NAE_ERA_R-1992_EV_Ehitusministeerium, lk 25
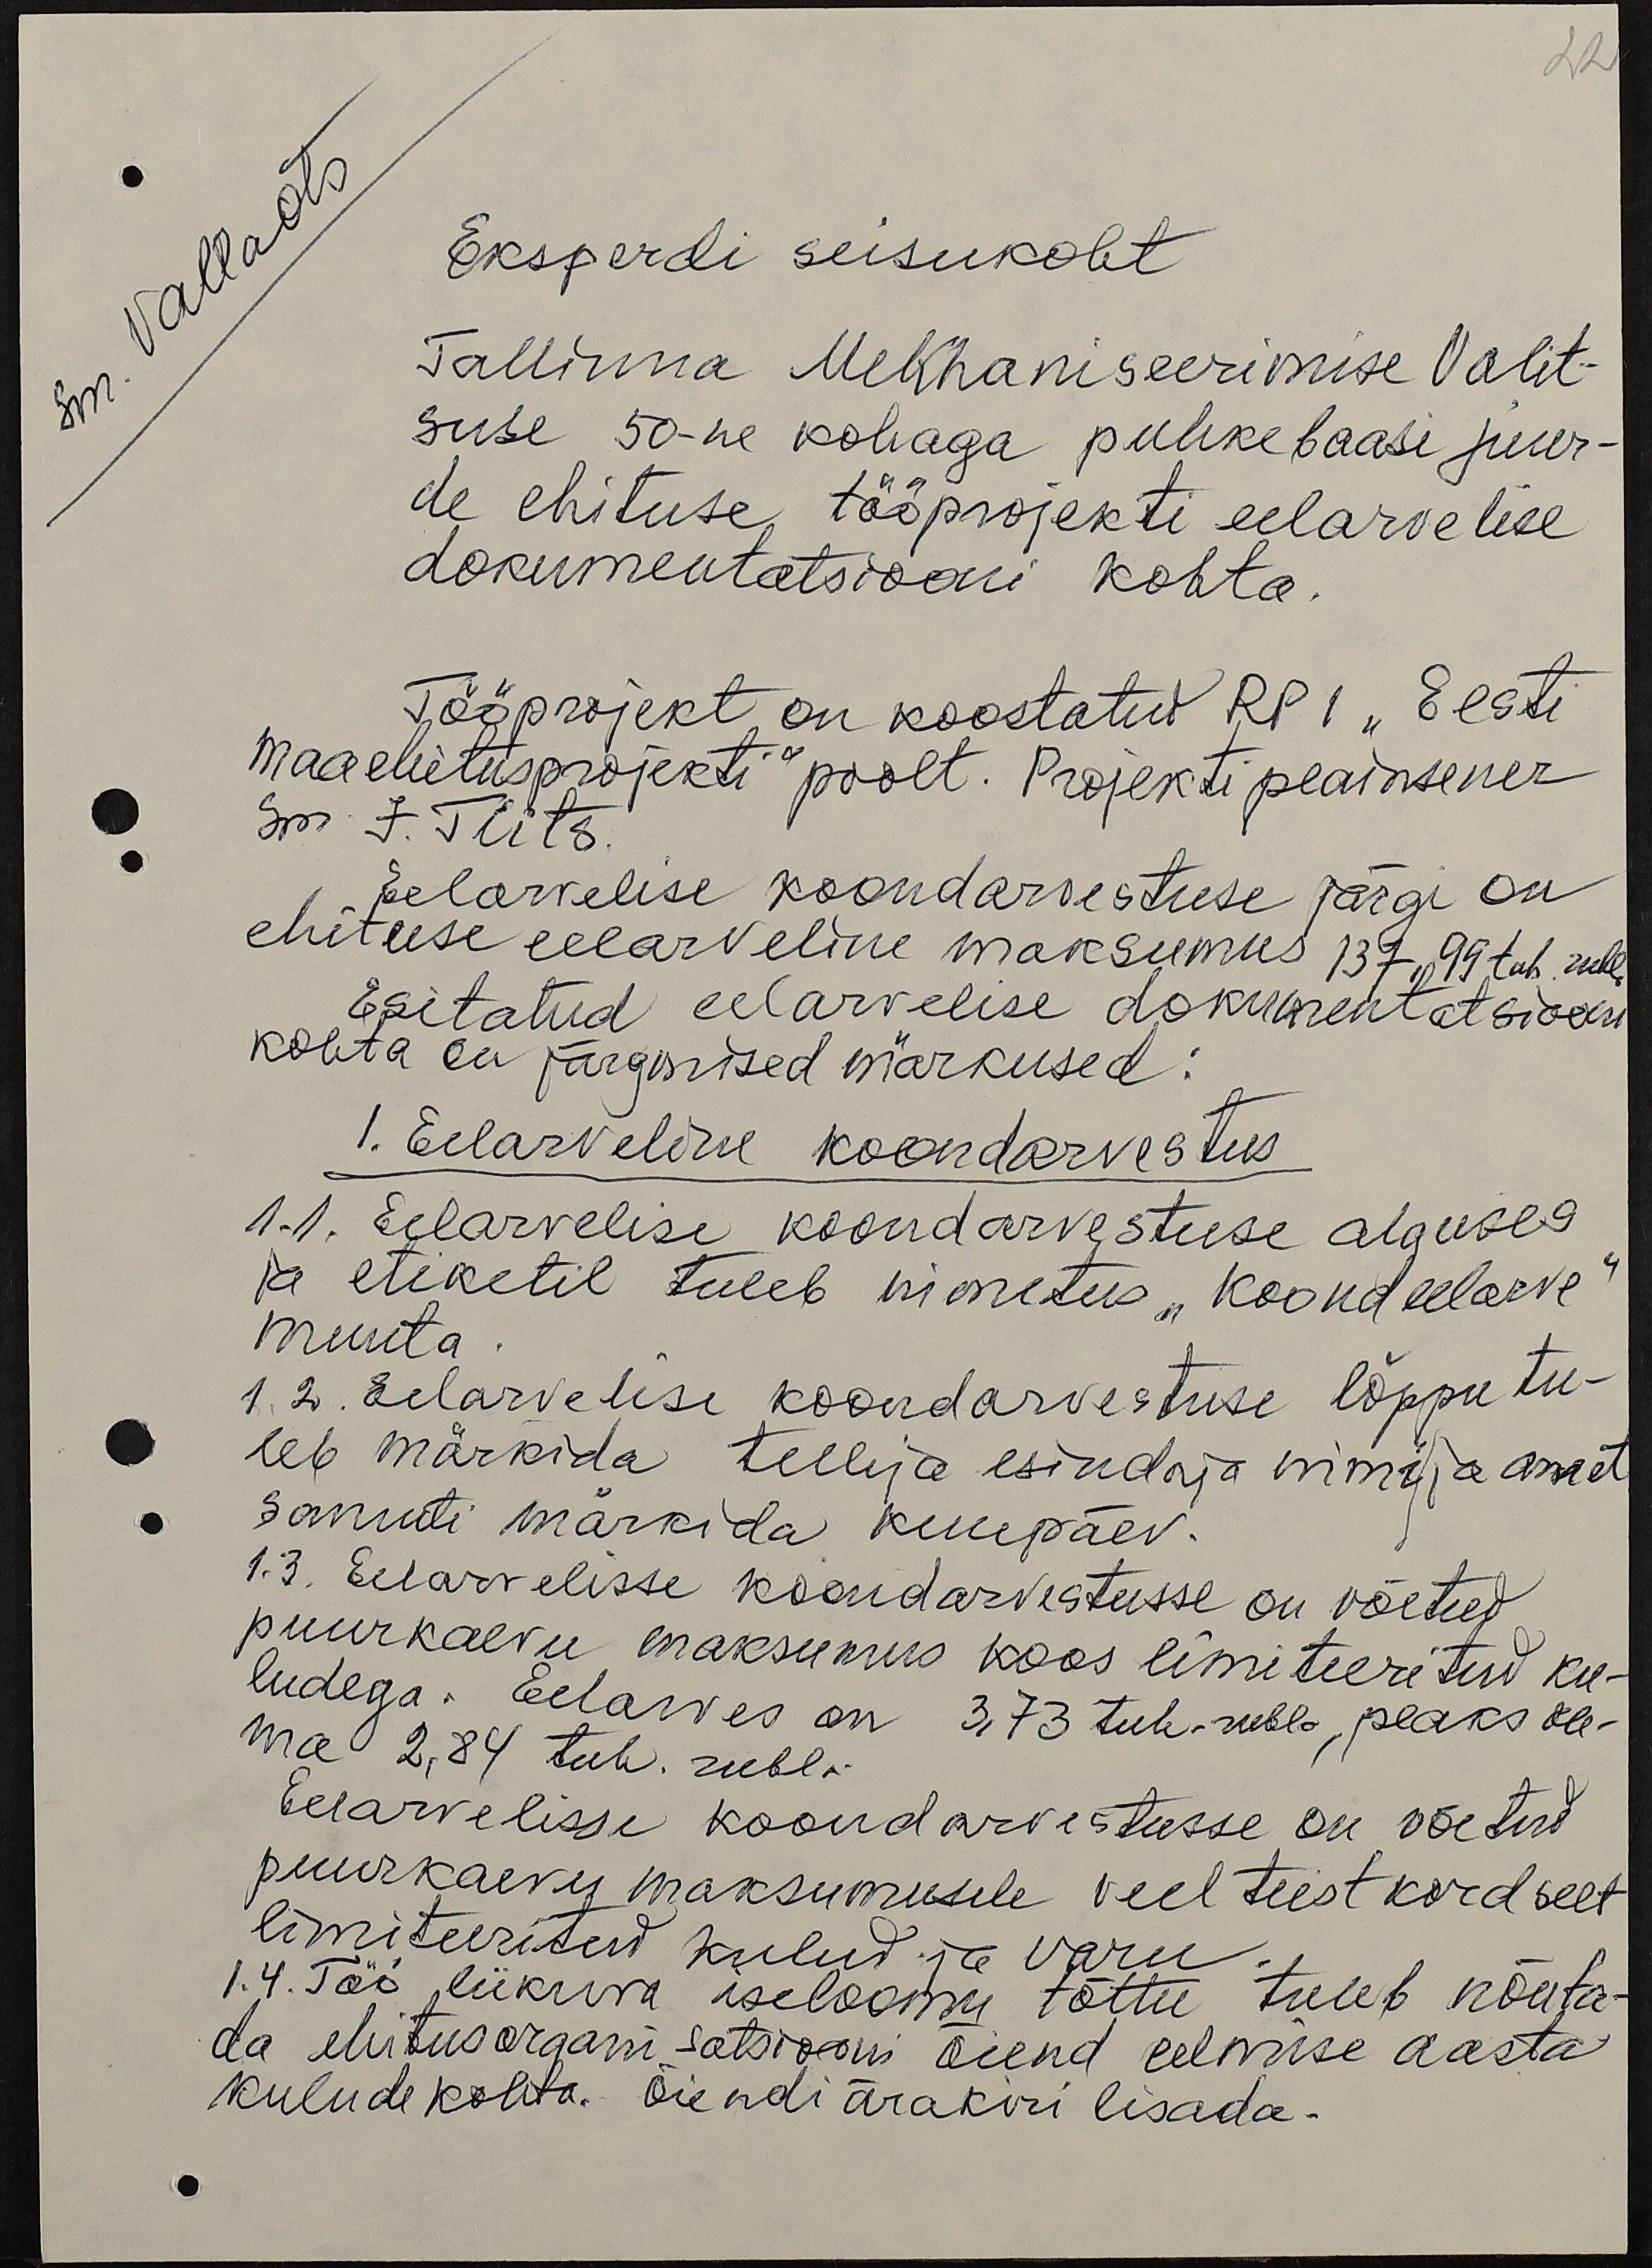
22

sm. Vallo Ots
Eksperdi seisukoht
Tallinna Mehhaniseerimise Valit-
suse 50-ne kohaga puhkebaasi juur-
de ehituse tööprojekti eelarvelise
dokumentatsiooni kohta.
Tööprojekt on koostatud RPI „Eesti
Maaehitusprojekti" poolt. Projekti peainsener
Sm I. Tiits.
Eelarvelise koondarvestuse järgi on
ehituse eelarveline maksumus 137,99 tuh. rubl.
Esitatud eelarvelise dokumentatsiooni
kohta on järgmised märkused:
1. Eelarveline koondarvestus
1.1. Eelarvelise koondarvestuse alguses
ja etiketil tuleb nimetus "Koondeelarve"
muuta
1.2. Eelarvelise koondarvestuse lõppu tu-
leb märkida tellija esindaja nimi ja amet
samuti märkida kuupäev.
1.3. Eelarvelisse koondarvestusse on võetud
puurkaevu maksumus koos limiteeritud ku-
ludega. Eelarves on 3,73 tuh. rubla, peaks ole-
ma 2,84 tuh. rubla.
Eelarvelisse koondarvestusse on võetud
puurkaevu maksumusele veel teist kordselt
limiteeritud kulud ja varu.
1.4. Töö liikuva iseloomu tõttu tuleb nõuta-
da ehitusorganisatsiooni õiend eelmise aasta
kulude kohta. Õiendi ärakiri lisada.